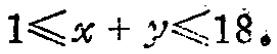
$1\leqslant x + y\leqslant 18$